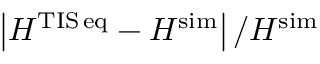
\left| H ^ { \mathrm { T I S \, e q } } - H ^ { \mathrm { s i m } } \right| / H ^ { \mathrm { s i m } }